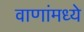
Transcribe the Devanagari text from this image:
वाणांमध्ये